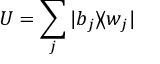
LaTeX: U = \sum _ { j } | b _ { j } \rangle \! \langle w _ { j } |